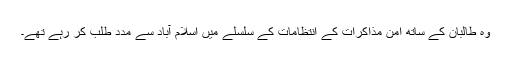
وہ طالبان کے ساتھ امن مذاکرات کے انتظامات کے سلسلے میں اسلام آباد سے مدد طلب کر رہے تھے۔